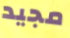
مجيد